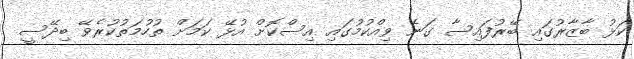
ކަޅު ބާޒާރުގައި ބޭރުފައިސާ ގަނެ ވިއްކުމުގައި އިސްކޮށް އުޅޭ ކަމަށް ތުުހުމަތުކުރެވޭ ބިދޭސީ